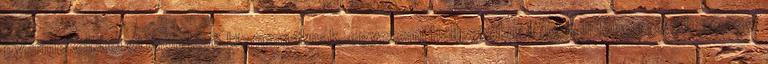
gyermekeikkel otthon lévő kismamáknak, egyetemi hallgatóknak, ebédidőben rövid, 20-30